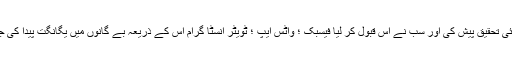
اس کے بعد اس نے سوشل ایپ کے ذریعہ ایک نئی تحقیق پیش کی اور سب نے اس قبول کر لیا فیسبک ؛ واٹس ایپ ؛ ٹویٹر انسٹا گرام اس کے ذریعہ بے گانوں میں یگانگت پیدا کی جو بسا اوقات مفید رہی لیکن بیشتر مضر ہی رہی ۔